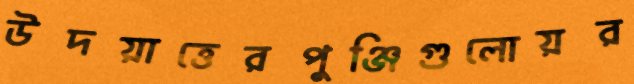
উদয়াত্তেরপুঞ্জিগুলোয়র